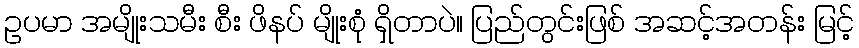
ဥပမာ အမျိုးသမီး စီး ဖိနပ် မျိုးစုံ ရှိတာပဲ။ ပြည်တွင်းဖြစ် အဆင့်အတန်း မြင့်